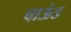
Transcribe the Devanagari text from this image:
चाऊंड